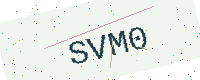
Text: SVM0